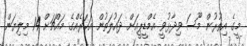
މީގެ އިތުރުން މޫސަ ވިދާޅުވީ އެމްޑީޕީއަށް ދައުލަތުން އަހަރެއްގެ މައްޗަށް 14 މިލިޔަން